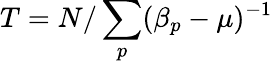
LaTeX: T=N/\sum_{p}(\beta_{p}-\mu)^{-1}